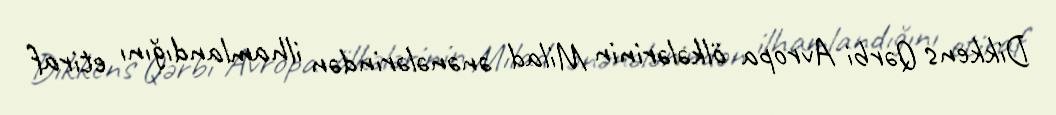
Dikkens Qərbi Avropa ölkələrinin Milad ənənələrindən ilhamlandığını etiraf